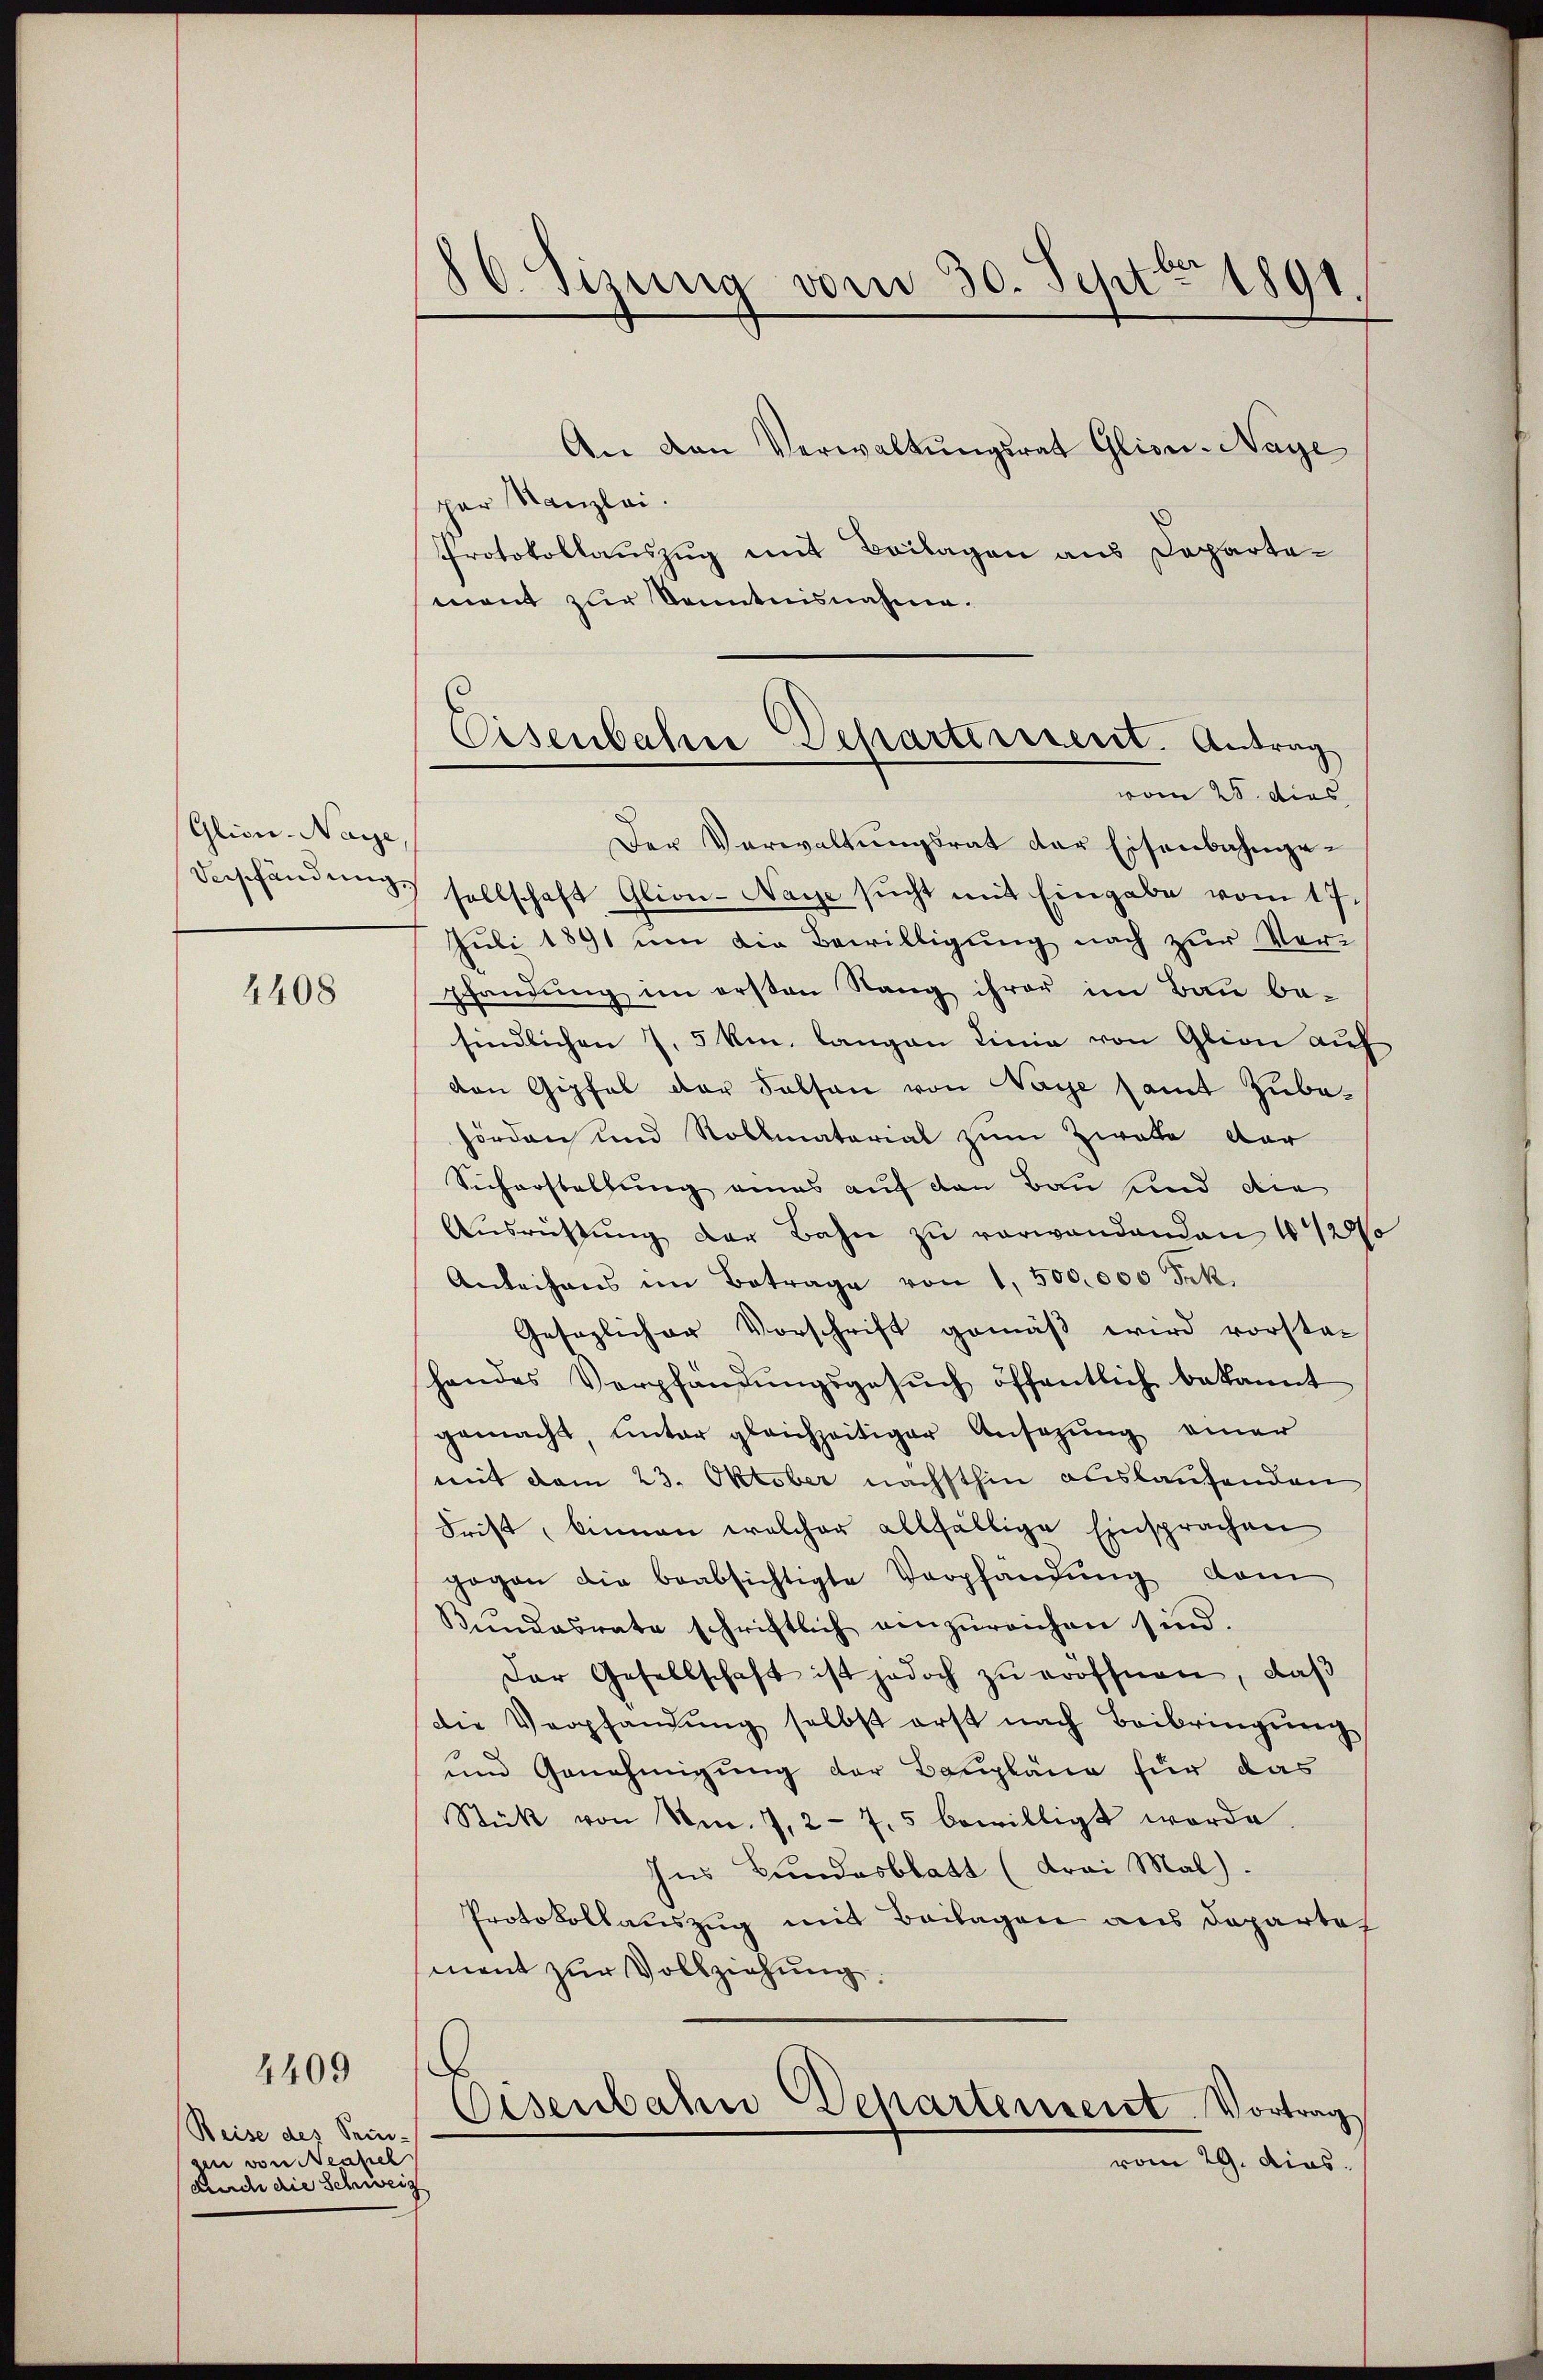
Glicn-Naye,

4408

4409

Reise des Prin-
gen von Neasieh
durch die Schweiz

86. Sizung vom 30. Sept. 1891.

An den Verwaltungsrat Glioni-Nage
par Kanzlei.
Protokollauszug mit Beilagen aus Departemant zur Kenntnisnahme.
Der Verwaltungsrat der Eisenbahngederschändung sollschaft Glion-Naye sucht mit Eingabe vom 17.
Juli 1891 um die Bewilligung nach zur Verpfandung im ersten Rang ihrer im Bau be-
findlichen 7. 5 km. langen Linie von Glion auf
van Gipfel der Falsen von Naye samt Zube-
hörden und Roblmaterial zum Zwate der
Sicherstellung eines auf den Bau und die
Aŭsrichtŭng der Bahn zu verwandenden 1/2%
Anleihens im Betrage von 1,500,000 Frk.
Gesezlicher Vorschrift gemäβ wird vorstat
handes Verpfändungsgesuch öffentlich bekannt
gemacht, unter gleichzeitiger Ansezung einer
mit dem 23. Oktober nächsthin auslaufenden
Frist, binnen welcher allfällige Einsprachen
gogen die beabsichtigte Verpfändung vom
Kŭndesrate schriftlich einzŭreichen sind.
Der Gesellschaft ist jedoch zŭ eröffnen, daβ
die Verpfandung selbst erst nach Beibringung
und Genehmigung der Baupläne für das
Stück von Nr. 7, 2 - 7. 5 bewilligt worde
Ins Bundesblatt (Frei Mal).
Protokollauszug mit Beilagen aus Departel
ment zur Vollziehung.
.
Osenbahn Departensent. Vortrag
vom 29. dies.
.

Eisenbahne Departeresent. Antrag
vom 25. dies